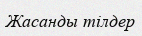
Жасанды тілдер